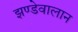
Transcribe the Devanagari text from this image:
झण्डेवालान